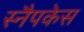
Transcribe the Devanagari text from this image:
स्नैपकेस